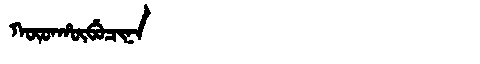
Manchu: ᡴᡡᡨᡥᡡᠪᡠᠴᡳᠨᠠ
Romanization: KŪTHŪBUCINA